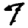
Digit: 7